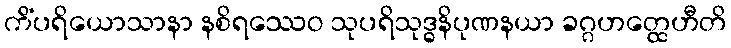
ကိံပရိယောသာနာ နစိရဿေဝ သုပရိသုဒ္ဓနိပုဏနယာ ခဂ္ဂဟတ္ထေဟီတိ